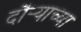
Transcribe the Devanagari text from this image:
दौऱ्याच्या